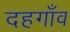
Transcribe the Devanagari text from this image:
दहगाँव